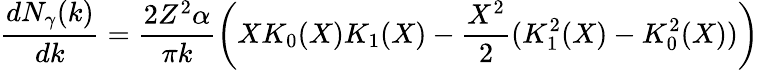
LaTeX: {\frac{dN_{\gamma}(k)}{dk}}={\frac{2Z^{2}\alpha}{\pi k}}\bigg(XK_{0}(X)K_{1}(X)-{\frac{X^{2}}{2}}(K_{1}^{2}(X)-K_{0}^{2}(X))\bigg)